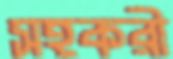
সহকরী